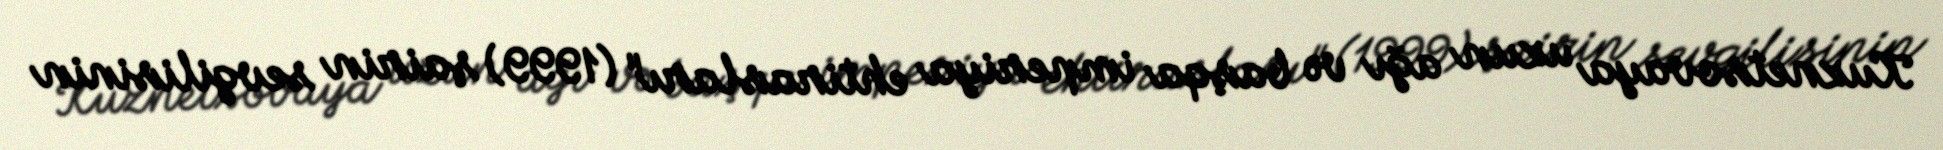
Kuznetsovaya uzun ağı və başqa imperiya ehtirasları" (1999) şairin sevgilisinin